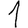
Digit: 1